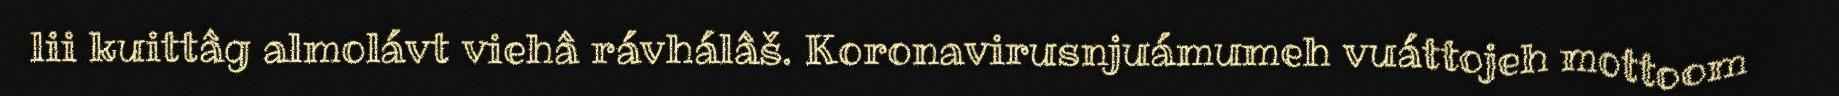
lii kuittâg almolávt viehâ rávhálâš. Koronavirusnjuámumeh vuáttojeh mottoom